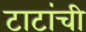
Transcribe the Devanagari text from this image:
टाटांची